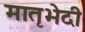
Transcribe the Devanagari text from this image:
मातृभेदी